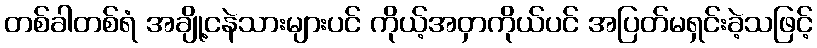
တစ်ခါတစ်ရံ အချို့ငနဲသားများပင် ကိုယ့်အဝှာကိုယ်ပင် အပြတ်မရှင်းခဲ့သဖြင့်